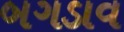
બગડાવ